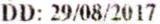
DD: 29/08/2017